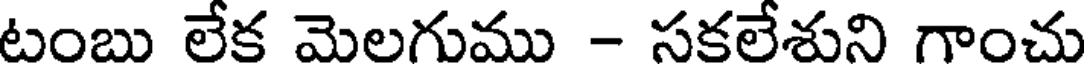
టంబు లేక మెలగుము - సకలేశుని గాంచు